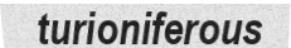
turioniferous